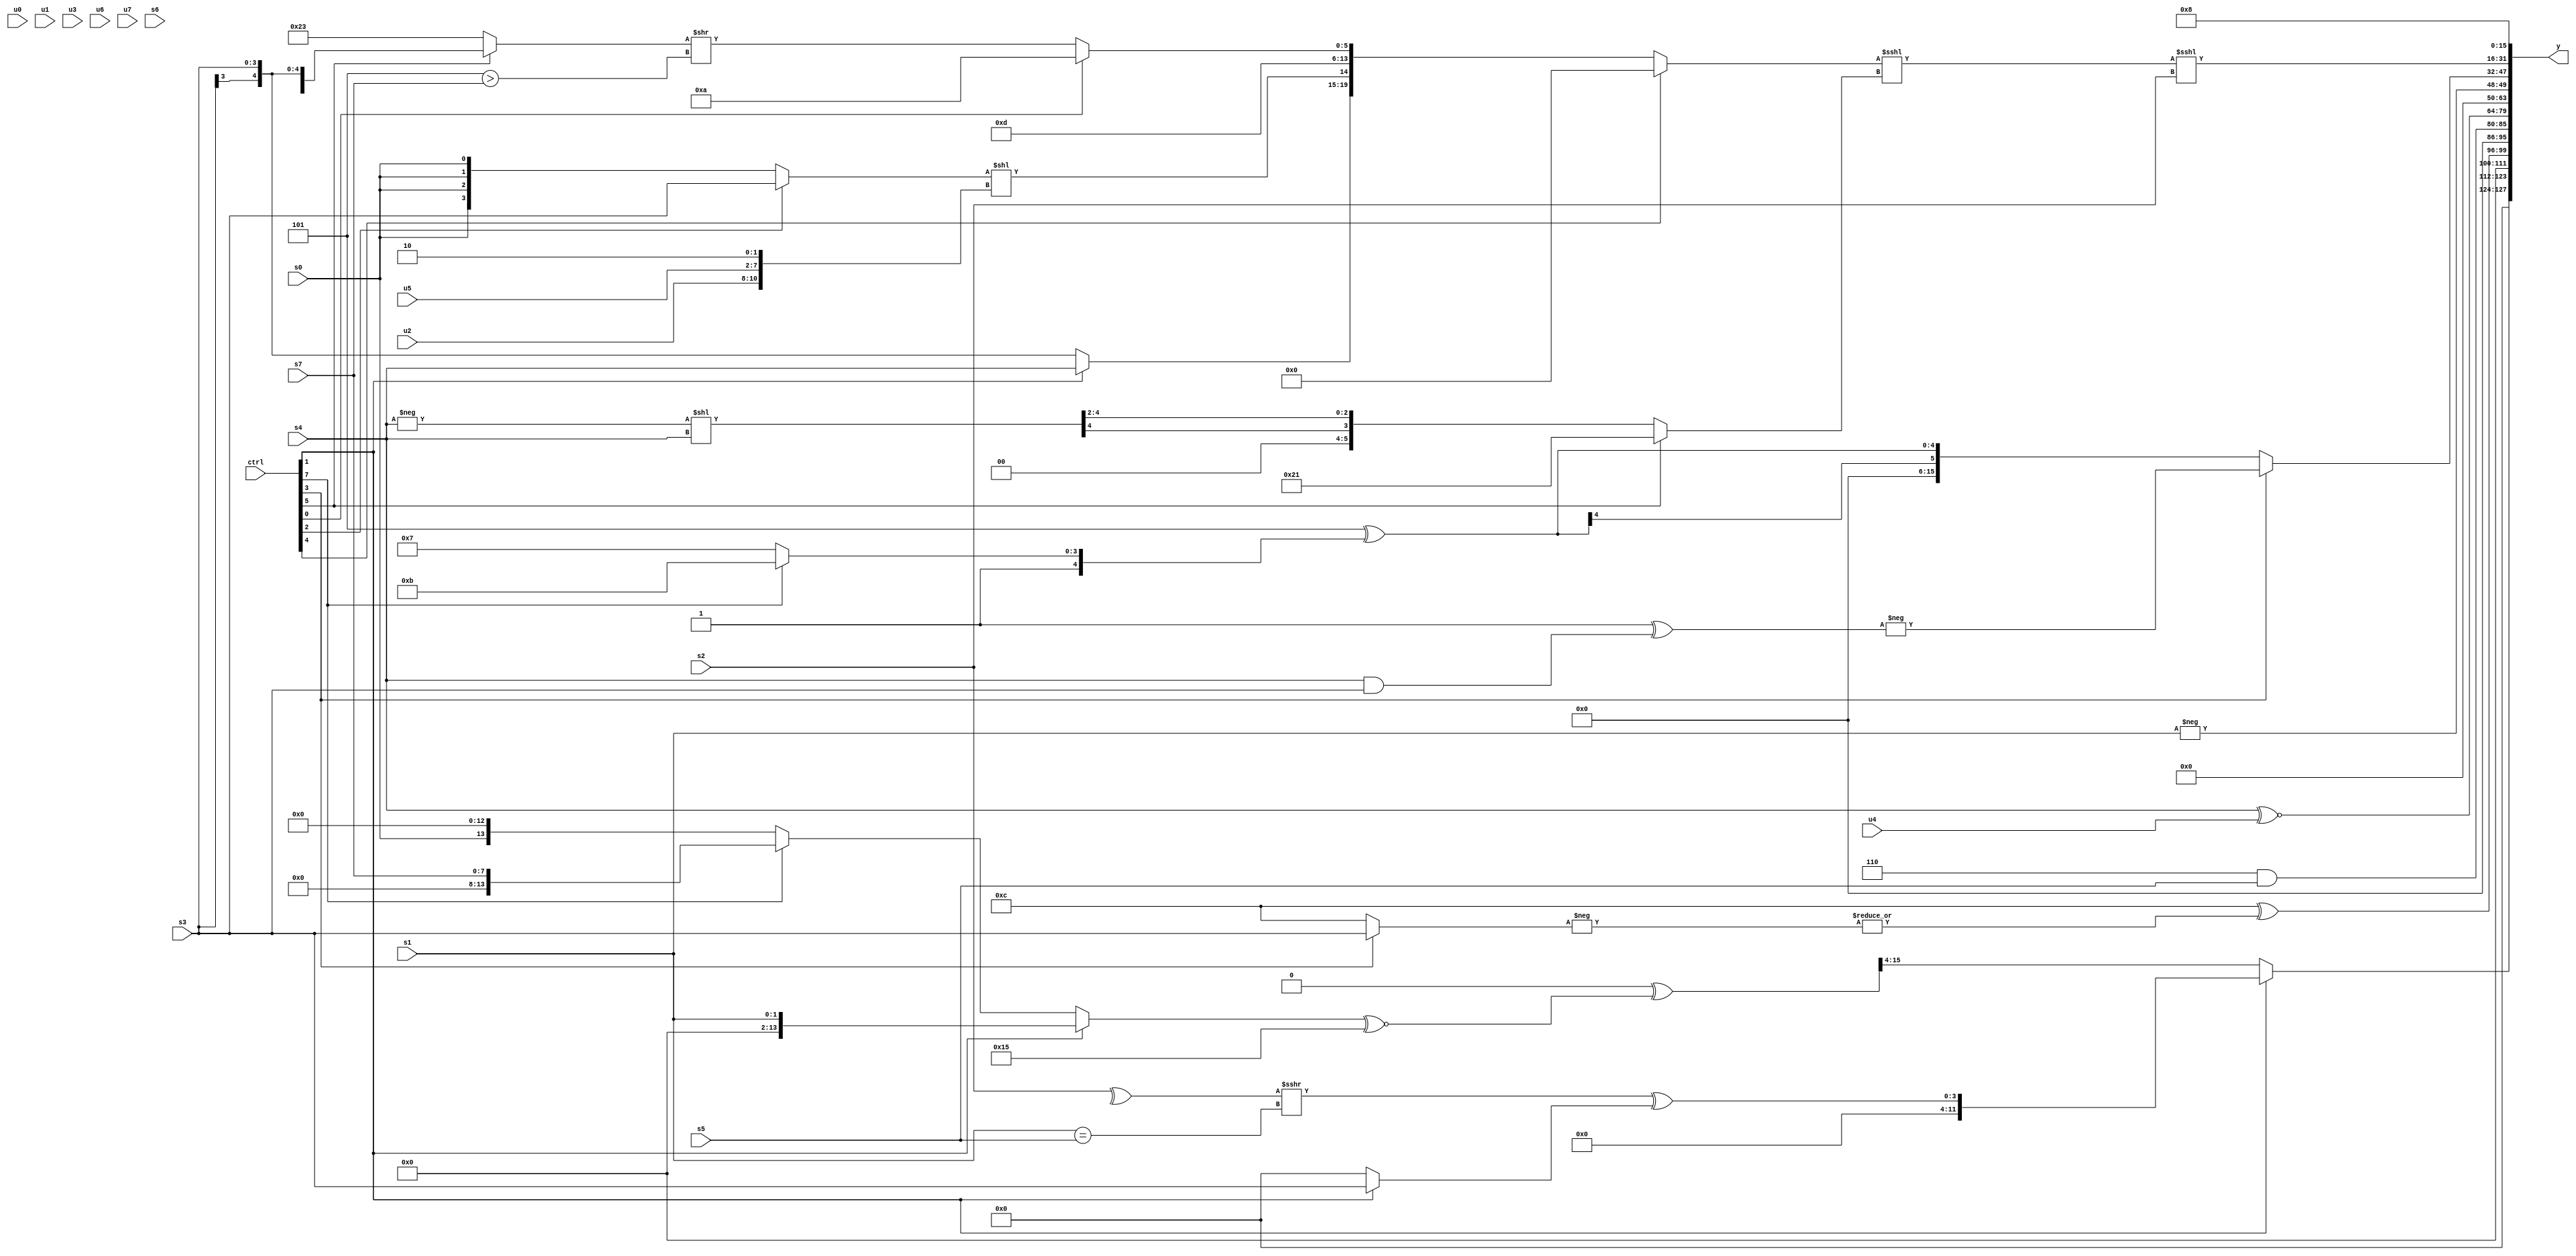
module wideexpr_00291(ctrl, u0, u1, u2, u3, u4, u5, u6, u7, s0, s1, s2, s3, s4, s5, s6, s7, y);
  input [7:0] ctrl;
  input [0:0] u0;
  input [1:0] u1;
  input [2:0] u2;
  input [3:0] u3;
  input [4:0] u4;
  input [5:0] u5;
  input [6:0] u6;
  input [7:0] u7;
  input signed [0:0] s0;
  input signed [1:0] s1;
  input signed [2:0] s2;
  input signed [3:0] s3;
  input signed [4:0] s4;
  input signed [5:0] s5;
  input signed [6:0] s6;
  input signed [7:0] s7;
  output [127:0] y;
  wire [15:0] y0;
  wire [15:0] y1;
  wire [15:0] y2;
  wire [15:0] y3;
  wire [15:0] y4;
  wire [15:0] y5;
  wire [15:0] y6;
  wire [15:0] y7;
  assign y = {y0,y1,y2,y3,y4,y5,y6,y7};
  assign y0 = (ctrl[1]?((+({$signed((^(s2))>>>((s1)==(s5))),(ctrl[2]?(ctrl[7]?4'b0100:$signed(s0)):|(u5)),~(-((1'b1)>=(u3)))}))>>>((5'sb10110)>>(3'sb010)))^((ctrl[1]?s3:-(3'sb000))):+(((($signed(+(s2)))>>>(3'sb011))^(((ctrl[1]?s1:(ctrl[7]?$signed(s7):(s0)<<<(4'b1101))))^~(6'sb010101)))>>>(4'sb0100)));
  assign y1 = (($signed({3{$unsigned((4'sb0110)>(3'b110))}}))|(4'sb1100))^(+(|(-($unsigned((ctrl[3]?s3:4'sb1100))))));
  assign y2 = (3'b110)&(s5);
  assign y3 = (s4)^~($signed(+(u4)));
  assign y4 = $unsigned(-(s1));
  assign y5 = (ctrl[3]?-({(4'sb0001)^($unsigned((s4)&(s3)))}):$signed($signed((+(6'sb111101))^((ctrl[7]?4'sb1011:(5'sb00110)^~(5'sb01110))))));
  assign y6 = (((ctrl[4]?((^((ctrl[0]?u0:4'b0011)))>>>($signed({1'b1})))&(~&(u7)):{$signed((ctrl[1]?s4:s3)),(((ctrl[2]?s3:s0))<<({u2,u5,2'sb10}))<<<(5'sb00011),5'sb01101,(ctrl[0]?(6'sb101010)>>(2'sb10):((ctrl[5]?s3:6'sb100011))>>((3'sb101)>(s7)))}))<<<((ctrl[5]?(5'sb00001)|(6'sb100000):($signed((-(s4))<<($signed(s4))))>>(2'sb10))))<<<(s2);
  assign y7 = 5'sb01000;
endmodule